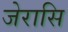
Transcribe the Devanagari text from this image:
जेरासि